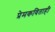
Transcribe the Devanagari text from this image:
प्रेमकविताही